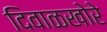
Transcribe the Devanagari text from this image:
दिवाळखोरे